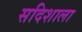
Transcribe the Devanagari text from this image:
सदिशाला